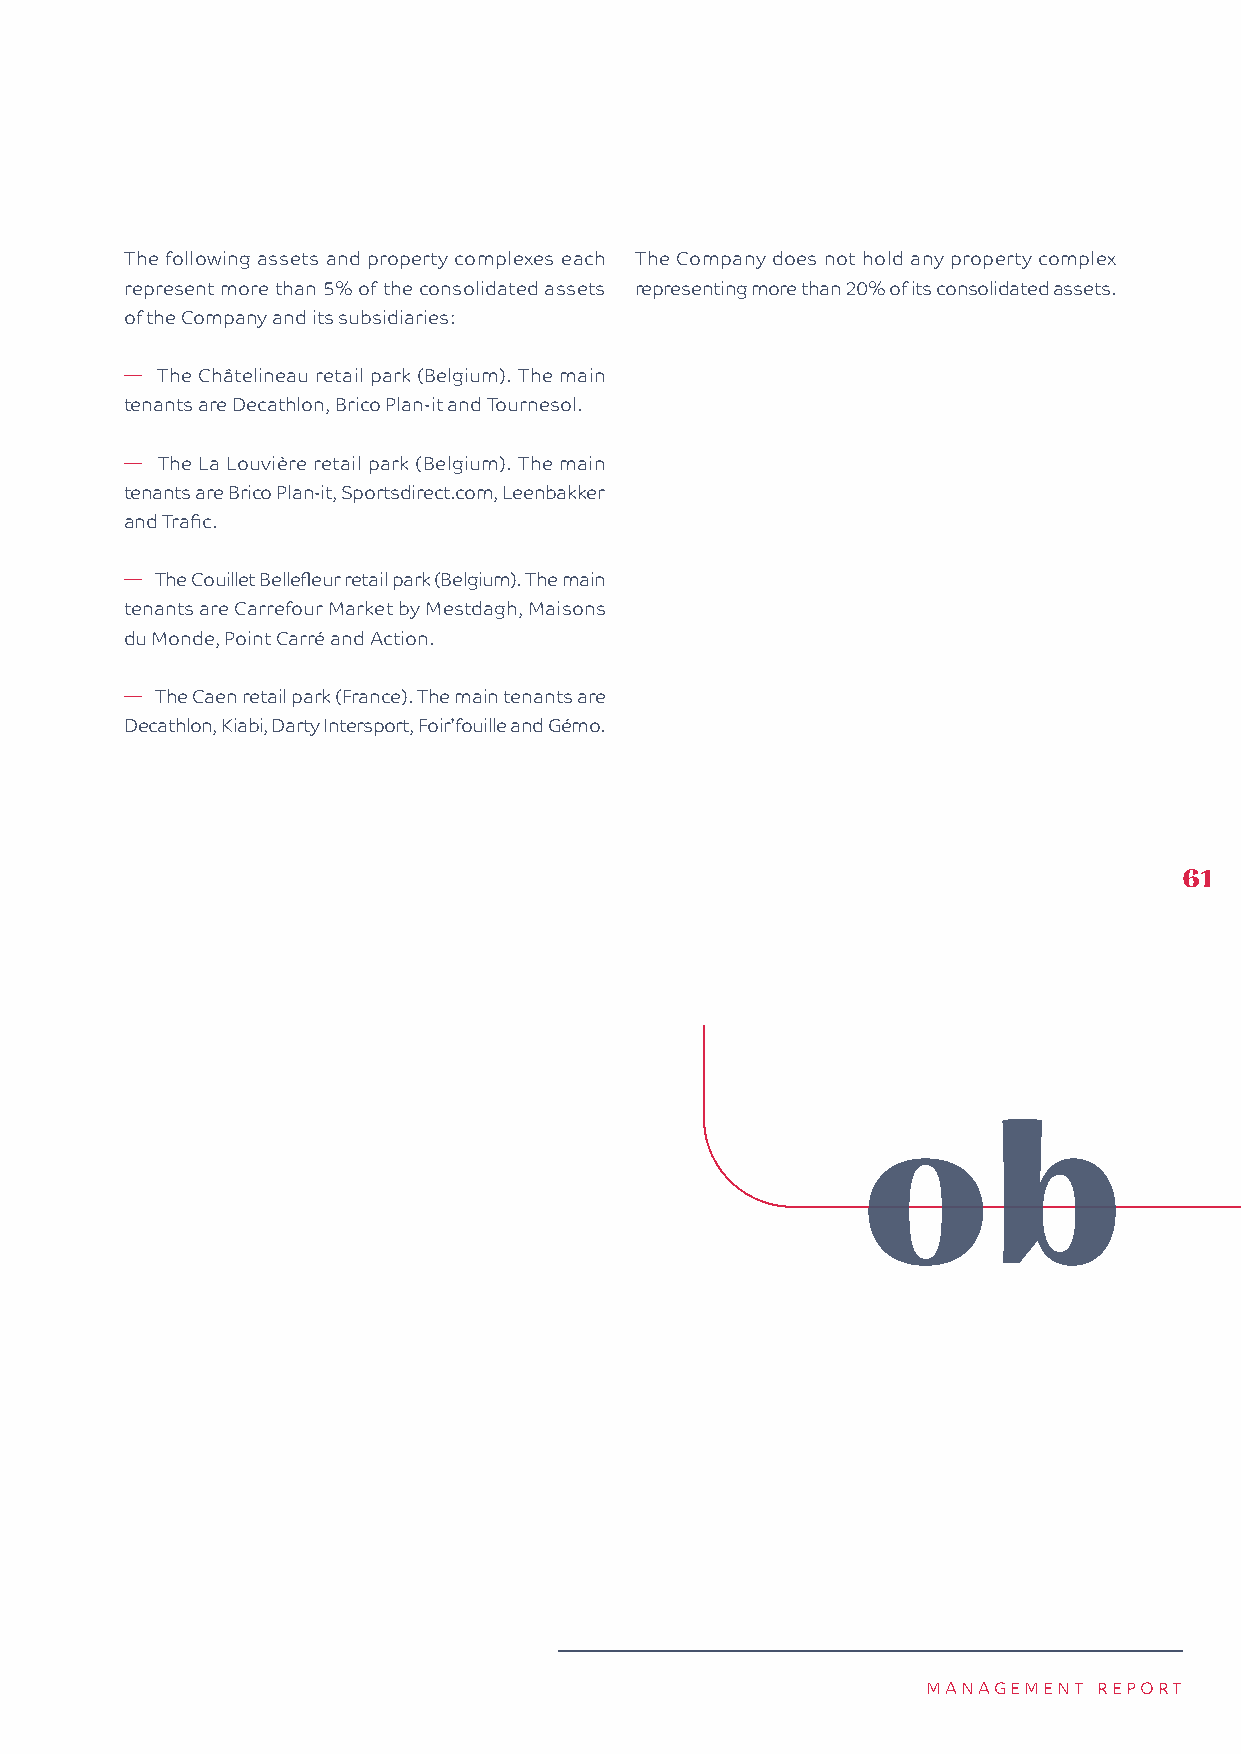
The following assets and property complexes each The Company does not hold any property complex
 represent more than 5% of the consolidated assets representing more than 20% of its consolidated assets.
 of the Company and its subsidiaries:
 � The Châtelineau retail park (Belgium). The main
 tenants are Decathlon, Brico Plan-it and Tournesol.
 � The La Louvière retail park (Belgium). The main
 tenants are Brico Plan-it, Sportsdirect.com, Leenbakker
 and Trafic.
 � The Couillet Bellefleur retail park (Belgium). The main
 tenants are Carrefour Market by Mestdagh, Maisons
 du Monde, Point Carré and Action.
 � The Caen retail park (France). The main tenants are
 Decathlon, Kiabi, Darty Intersport, Foir’fouille and Gémo.
 61
 MANAGEMENT  REPORT